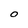
Character: O